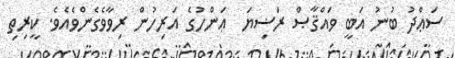
ސަޢްދު ބުނު އަބީ ވައްޤާޞް ރަޟިޔަ  ޢަންހުގެ އަރިހުން ރިވާވެގެންވެއެވެ. ކީރިތި